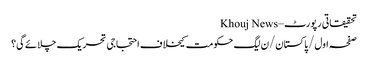
تحقیقاتی رپورٹ – Khouj News
صفحہ اول/پاکستان/ن لیگ حکومت کیخلاف احتجاجی تحریک چلائے گی؟